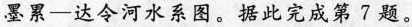
墨累—达令河水系图。据此完成第7题。